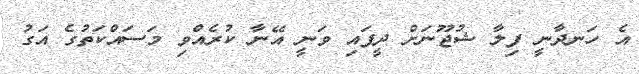
އެ ހަނދާނީ ފިލާ ޝުޖޫނަށް ދީފައި ވަނީ އޭނާ ކުރެއްވި މަސައްކަތުގެ އަގު